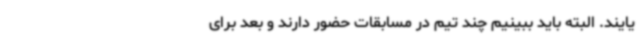
یایند. البته باید ببینیم چند تیم در مسابقات حضور دارند و بعد برای